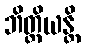
ဘိတ္တိယန္တိ